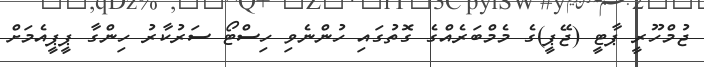
ޖުމްހޫރީ ޕާޓީ (ޖޭޕީ)ގެ މެމްބަރެއްގެ ގޮތުގައި ހުންނެވި ހިސްޓޯ ސަރުކާރު ހިންގާ ޕީޕީއެމަށް